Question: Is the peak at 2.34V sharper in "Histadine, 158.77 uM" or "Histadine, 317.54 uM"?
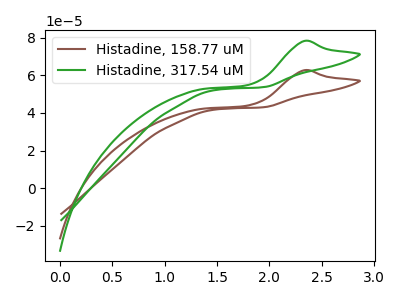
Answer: <think>The brown curve "Histadine, 158.77 uM" has an anodic peak at: (2.35V, 62.70uA). The green curve "Histadine, 317.54 uM" has an anodic peak at: (2.35V, 78.25uA).</think>
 <answer>The peak at 2.34V is lower in "Histadine, 158.77 uM" than in "Histadine, 317.54 uM".</answer>
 <eval>lower</eval>